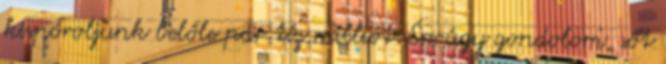
kispóroljunk belőle pár tíz milliót. Én úgy gondolom, sőt